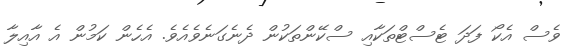
ވެސް އެކޯ ފަދަ ޓެސްޓްތަކާއި ސްކޭންތަކުން ދެނެގަނެވެއެވެ. އެހެން ކަމުން އެ އާއިލާ